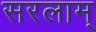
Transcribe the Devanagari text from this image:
सरलाम्